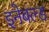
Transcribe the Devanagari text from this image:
इनेबल्ड